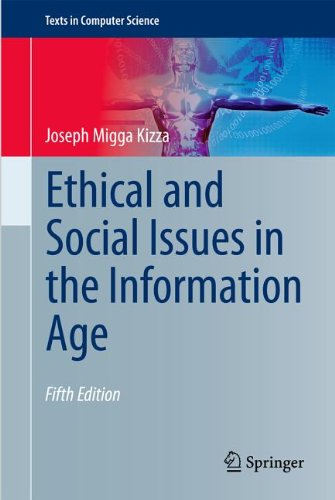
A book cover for Ethical and Social Issues in the Information Age (Texts in Computer Science); Joseph Migga Kizza; Computers & Technology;